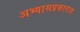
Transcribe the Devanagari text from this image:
अभ्यासप्रकारात